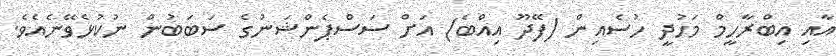
އާއި އިބްރާހީމް މަހުދީ ހުސެއިން (ފޭދޫ އިއްބެ) އަށް ސަސްޕެންޝަނުގެ ސަބަބުން ނުކުޅެވޭނެއެވެ.